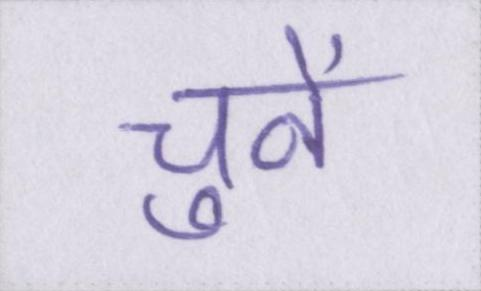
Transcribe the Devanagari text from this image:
चुनें